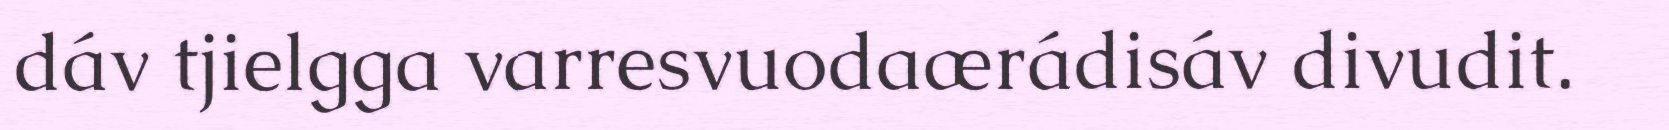
dáv tjielgga varresvuodaærádisáv divudit.